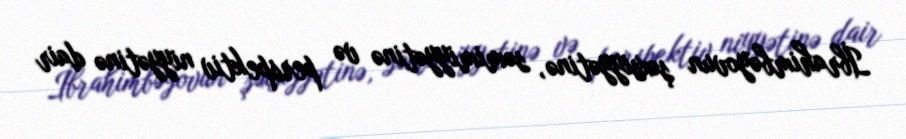
İbrahimbəyovun şəxsiyyətinə, səmimiyyətinə və perspektiv niyyətinə dair